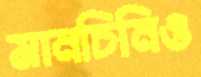
মানচিনিও